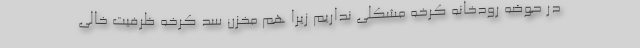
در حوضه رودخانه کرخه مشکلی نداریم زیرا هم مخزن سد کرخه ظرفیت خالی